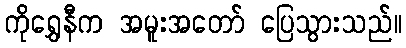
ကိုရွှေနီက အမူးအတော် ပြေသွားသည်။